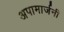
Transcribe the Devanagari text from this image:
अपामार्जनी